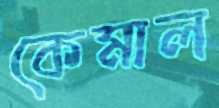
কেমাল